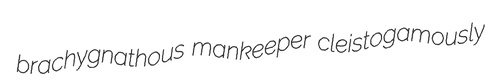
brachygnathous mankeeper cleistogamously